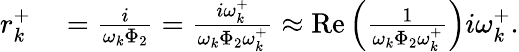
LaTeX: \begin{array}{rl}{r_{k}^{+}}&{{}=\frac{i}{\omega_{k}\Phi_{2}}=\frac{i\omega_{k}^{+}}{\omega_{k}\Phi_{2}\omega_{k}^{+}}\approx\operatorname{Re}\left(\frac{1}{\omega_{k}\Phi_{2}\omega_{k}^{+}}\right)i\omega_{k}^{+}.}\end{array}